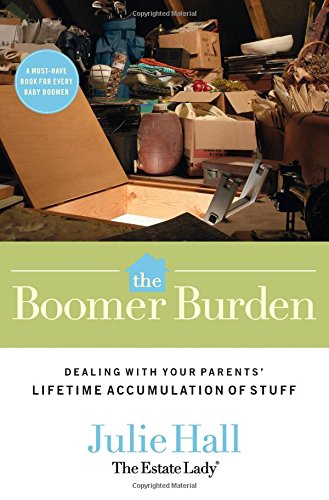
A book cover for The Boomer Burden: Dealing with Your Parents' Lifetime Accumulation of Stuff; Julie Hall; Parenting & Relationships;